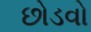
છોડવો